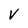
Character: V